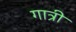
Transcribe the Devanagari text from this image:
गात्री